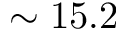
\sim 1 5 . 2